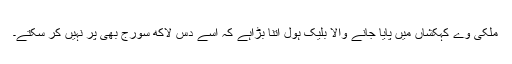
ملکی وے کہکشاں میں پایا جانے والا بلیک ہول اتنا بڑاہے کہ اسے دس لاکھ سورج بھی پُر نہیں کر سکتے۔